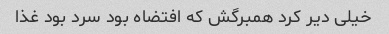
خیلی دیر کرد همبرگش که افتضاه بود سرد بود غذا